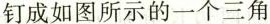
钉成如图所示的一个三角